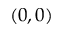
( 0 , 0 )